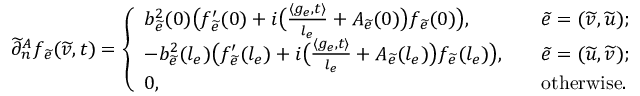
\widetilde { \partial } _ { n } ^ { A } f _ { \widetilde { e } } ( \widetilde { v } , t ) = \left\{ \begin{array} { l l } { b _ { \widetilde { e } } ^ { 2 } ( 0 ) \big ( f _ { \widetilde { e } } ^ { \prime } ( 0 ) + i \big ( \frac { \langle g _ { e } , t \rangle } { l _ { e } } + A _ { \widetilde { e } } ( 0 ) \big ) f _ { \widetilde { e } } ( 0 ) \big ) , } & { \quad \widetilde { e } = ( \widetilde { v } , \widetilde { u } ) ; } \\ { - b _ { \widetilde { e } } ^ { 2 } ( l _ { e } ) \big ( f _ { \widetilde { e } } ^ { \prime } ( l _ { e } ) + i \big ( \frac { \langle g _ { e } , t \rangle } { l _ { e } } + A _ { \widetilde { e } } ( l _ { e } ) \big ) f _ { \widetilde { e } } ( l _ { e } ) \big ) , } & { \quad \widetilde { e } = ( \widetilde { u } , \widetilde { v } ) ; } \\ { 0 , \quad } & { \quad \mathrm { o t h e r w i s e } . } \end{array} \right.